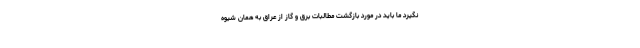
نگیرد ما باید در مورد بازگشت مطالبات برق و گاز از عراق به همان شیوه